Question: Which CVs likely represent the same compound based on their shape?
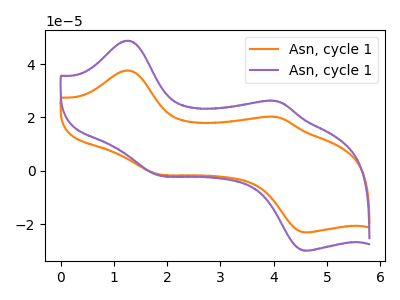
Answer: <think>The orange curve "Asn, cycle 11" has anodic peaks at (1.25V, 37.60uA) (4.05V, 20.10uA) and cathodic peaks at (1.85V, -1.35uA) (4.65V, -23.10uA). The purple curve "Asn, cycle 12" has anodic peaks at (1.25V, 48.80uA) (4.05V, 26.10uA) and cathodic peaks at (1.85V, -1.75uA) (4.65V, -29.95uA).
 All the peaks in "Asn, cycle 11" have a peak in "Asn, cycle 12" at the same potential. Every peak in "Asn, cycle 11" is lower than every peak in "Asn, cycle 12".</think>
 <answer>"Asn, cycle 12" and "Asn, cycle 11" have the same shape and are likely CV's of the same chemical.</answer>
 <eval>"Asn, cycle 12" "Asn, cycle 11"</eval>